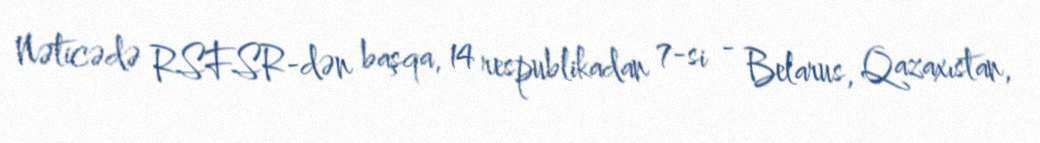
Nəticədə RSFSR-dən başqa, 14 respublikadan 7-si - Belarus, Qazaxıstan,